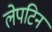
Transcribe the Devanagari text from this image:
लेपटिन